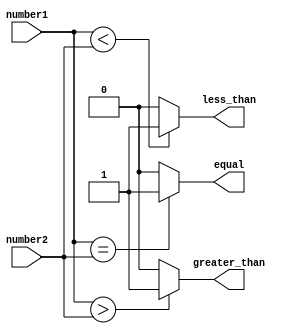
module inequality_comparator (
    input [7:0] number1,
    input [7:0] number2,
    output greater_than,
    output less_than,
    output equal
);

    assign greater_than = (number1 > number2) ? 1'b1 : 1'b0;
    assign less_than = (number1 < number2) ? 1'b1 : 1'b0;
    assign equal = (number1 == number2) ? 1'b1 : 1'b0;

endmodule